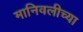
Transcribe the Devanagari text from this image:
मानिवलीच्या